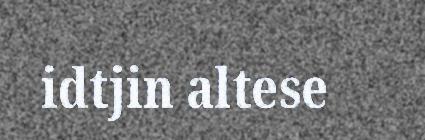
idtjin altese